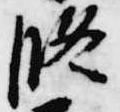
修